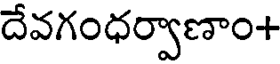
దేవగంధర్వాణాం+